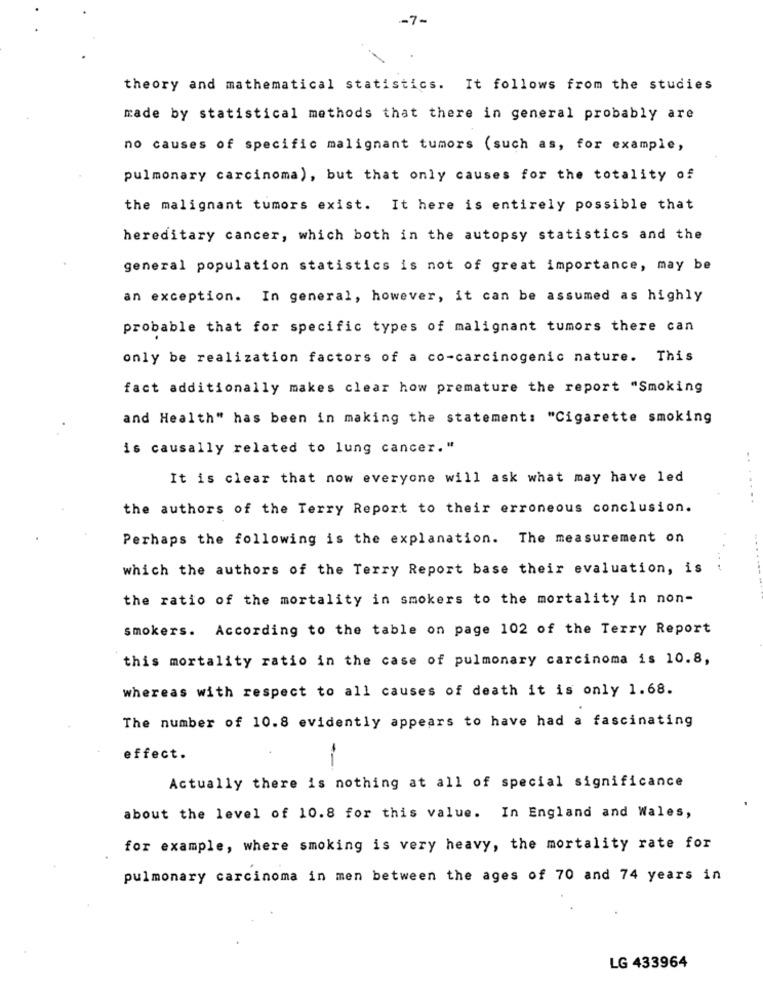
-7-
theory and mathematical statistics. It follows from the studies
made by statistical methods that there in general probably are
no causes of specific malignant tumors (such as, for example,
pulmonary carcinoma), but that only causes for the totality of
the malignant tumors exist. It here is entirely possible that
hereditary cancer, which both in the autopsy statistics and the
general population statistics is not of great importance, may be
an exception. In general, however, it can be assumed as highly
probable that for specific types of malignant tumors there can
only be realization factors of a co-carcinogenic nature. This
fact additionally makes clear how premature the report "Smoking
and Health" has been in making the statement: "Cigarette smoking
is causally related to lung cancer."
..
It is clear that now everyone will ask what may have led
. ..
the authors of the Terry Report to their erroneous conclusion.
Perhaps the following is the explanation. The measurement on
which the authors of the Terry Report base their evaluation, is
the ratio of the mortality in smokers to the mortality in non-
smokers. According to the table on page 102 of the Terry Report
this mortality ratio in the case of pulmonary carcinoma is 10.8,
whereas with respect to all causes of death it is only 1.68.
The number of 10.8 evidently appears to have had a fascinating
effect.
Actually there is nothing at all of special significance
about the level of 10.8 for this value. In England and Wales,
for example, where smoking is very heavy, the mortality rate for
pulmonary carcinoma in men between the ages of 70 and 74 years in
LG 433964